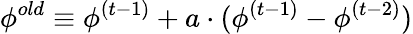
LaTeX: \phi^{old}\equiv\phi^{(t-1)}+a\cdot(\phi^{(t-1)}-\phi^{(t-2)})